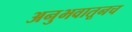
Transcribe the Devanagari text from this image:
अनुभवातूनच